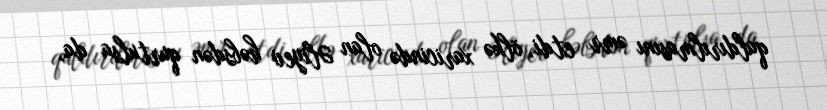
qaldırılmasını əmr etdi, ölkə xaricində olan Əliyev həbsdən qurtulsa da,